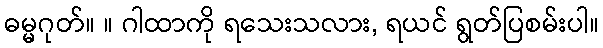
ဓမ္မဂုတ်။ ။ ဂါထာကို ရသေးသလား, ရယင် ရွတ်ပြစမ်းပါ။